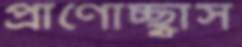
প্রাণোচ্ছ্বাস